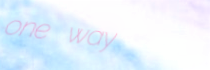
one way